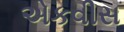
એકવીસ